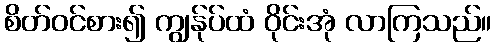
စိတ်ဝင်စား၍ ကျွန်ုပ်ထံ ဝိုင်းအုံ လာကြသည်။